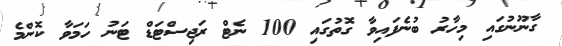
ގާނޫނުގައި މިހާރު ބުނެފައިވާ ގޮތުގައި 100 ނެޓް ރަޖިސްޓަޑް ޓަނު ހަމަވާ ކޮންމެ